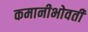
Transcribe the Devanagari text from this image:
कमानीभोवती